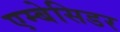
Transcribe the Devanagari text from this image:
एम्बेसिडर